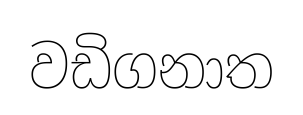
වඩිගනාත